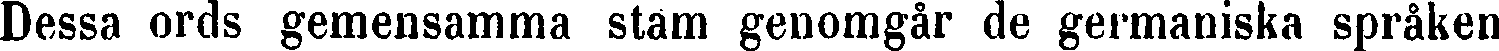
Dessa ords gemensamma stam genomgår de germaniska språken